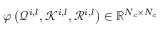
\varphi \left( \mathcal { Q } ^ { i , l } , \mathcal { K } ^ { i , l } , \mathcal { R } ^ { i , l } \right) \in \mathbb { R } ^ { N _ { c } \times N _ { c } }